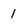
Character: 1